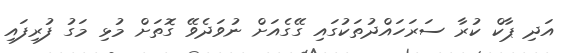
އަދި ޕާކް ކުރާ ސަރަހައްދުތަކުގައި ގޭގެއަށް ނުވަދެވޭ ގޮތަށް މުޅި މަގު ފުރިފައި